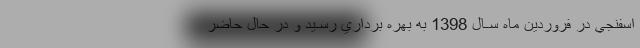
اسفنجي در فروردين ماه سـال 1398 به بهره برداري رسـيد و در حال حاضر